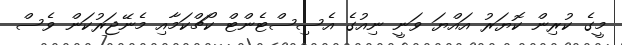
މީގެ ކުރިން ކޮޔަރު އައްޔަ ވަނީ ނިއުގެ އެސިސްޓެންޓް ކޯޗްކަމާއި މެނޭޖަރުކަން ވެސް